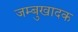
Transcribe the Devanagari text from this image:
जम्बुखादक